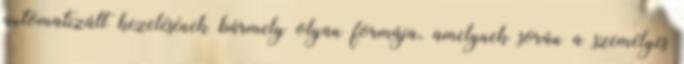
automatizált kezelésének bármely olyan formája, amelynek során a személyes